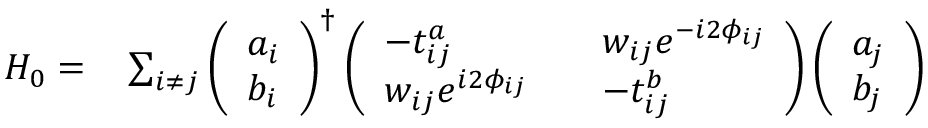
\begin{array} { r l } { H _ { 0 } = } & { { } \sum _ { i \neq j } \left( \begin{array} { l } { a _ { i } } \\ { b _ { i } } \end{array} \right) ^ { \dagger } \left( \begin{array} { l l l } { - t _ { i j } ^ { a } } & { } & { w _ { i j } e ^ { - i 2 \phi _ { i j } } } \\ { w _ { i j } e ^ { i 2 \phi _ { i j } } } & { } & { - t _ { i j } ^ { b } } \end{array} \right) \left( \begin{array} { l } { a _ { j } } \\ { b _ { j } } \end{array} \right) } \end{array}